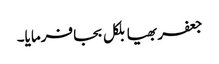
جعفر بھیا بلکل بجا فرمایا۔